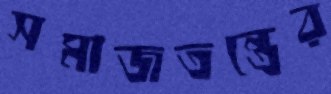
সমাজতন্ত্রের